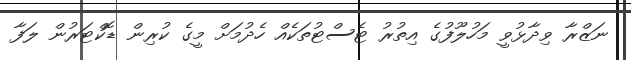
ނަޒްރާ ވިދާޅުވީ މަހުލޫފުގެ އިތުރު ޓެސްޓުތަކެއް ހެދުމަށް މީގެ ކުރިން ޑޮކްޓަރުން ލަފާ